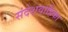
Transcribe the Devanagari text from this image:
संदेशवाहिका